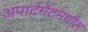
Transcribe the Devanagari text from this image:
अपार्टमेंटमधील